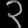
Digit: ၃